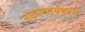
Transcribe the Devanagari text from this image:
मुख्यकार्यकारी